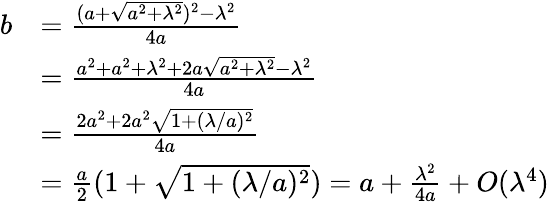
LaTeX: \begin{array}{rl}{b}&{=\frac{(a+\sqrt{a^{2}+\lambda^{2}})^{2}-\lambda^{2}}{4a}}\\ &{=\frac{a^{2}+a^{2}+\lambda^{2}+2a\sqrt{a^{2}+\lambda^{2}}-\lambda^{2}}{4a}}\\ &{=\frac{2a^{2}+2a^{2}\sqrt{1+(\lambda/a)^{2}}}{4a}}\\ &{=\frac{a}{2}(1+\sqrt{1+(\lambda/a)^{2}})=a+\frac{\lambda^{2}}{4a}+O(\lambda^{4})}\end{array}